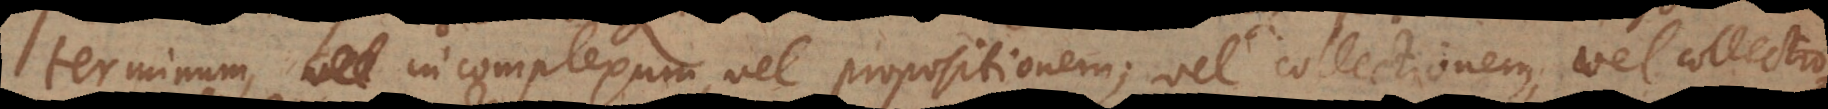
terminum incomplexum, vel propositionem; vel collectionem, vel collectio